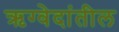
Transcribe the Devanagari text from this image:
ऋग्वेदांतील